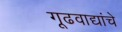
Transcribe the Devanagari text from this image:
गूढवाद्यांचे